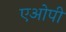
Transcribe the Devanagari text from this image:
एओपी